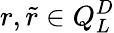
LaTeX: r,\tilde{r}\in Q_{L}^{D}